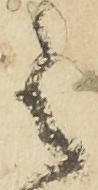
之